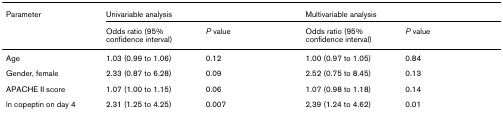
<table><thead><tr><td><b>Parameter</b></td><td colspan="2"><b>Univariable analysis</b></td><td colspan="2"><b>Multivariable analysis</b></td></tr><tr><td></td><td><b>Odds ratio (95% confidence interval)</b></td><td><b><i>P </i>value</b></td><td><b>Odds ratio (95% confidence interval)</b></td><td><b><i>P </i>value</b></td></tr></thead><tbody><tr><td>Age</td><td>1.03 (0.99 to 1.06)</td><td>0.12</td><td>1.00 (0.97 to 1.05)</td><td>0.84</td></tr><tr><td>Gender, female</td><td>2.33 (0.87 to 6.28)</td><td>0.09</td><td>2.52 (0.75 to 8.45)</td><td>0.13</td></tr><tr><td>APACHE II score</td><td>1.07 (1.00 to 1.15)</td><td>0.06</td><td>1.07 (0.98 to 1.18)</td><td>0.14</td></tr><tr><td>ln copeptin on day 4</td><td>2.31 (1.25 to 4.25)</td><td>0.007</td><td>2,39 (1.24 to 4.62)</td><td>0.01</td></tr></tbody></table>